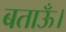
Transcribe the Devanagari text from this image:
बताऊँ।